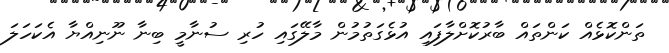
ތަންކޮޅެއް ކަންތައް ބާރުކޮށްލާފައި އުޅެގަތުމުން މާލޭގައި ހުރި ސުނާމީ ބިނާ ނޫނިއްޔާ އެކަހަލަ